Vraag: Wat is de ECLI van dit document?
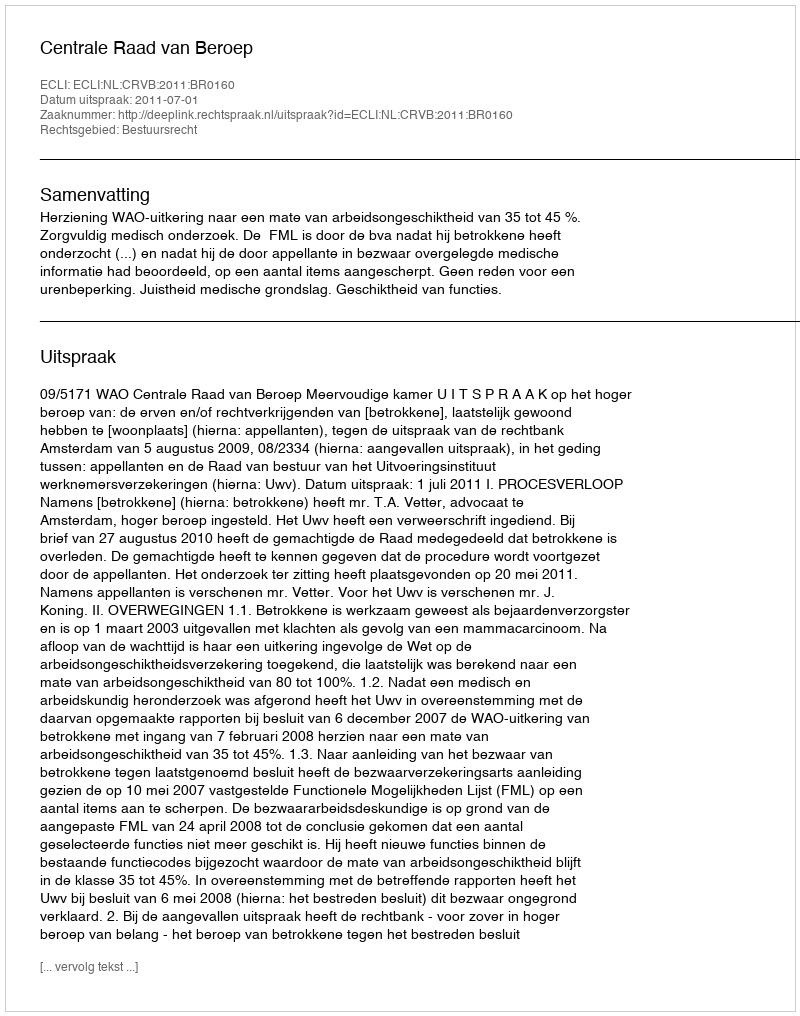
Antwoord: ECLI:NL:CRVB:2011:BR0160